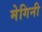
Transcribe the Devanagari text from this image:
मेगिनी